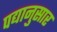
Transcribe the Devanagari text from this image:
पद्यानुसार